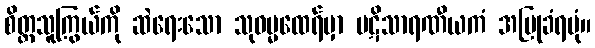
စိတ္တသူကြွယ်ကို ဆဲရေးသော သုဓမ္မထေရ်မှာ ပဋိသာရဏီယကံ အပြုခံရပုံ။